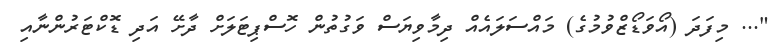
"... މިފަދަ (އޯވަޑޯޒްވުމުގެ) މައްސަލައެއް ދިމާވިޔަސް ވަގުތުން ހޮސްޕިޓަލަށް ދާށޭ އަދި ޑޮކްޓަރުންނާއި